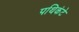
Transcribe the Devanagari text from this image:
पथिकंटे